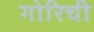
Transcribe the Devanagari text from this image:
गोरिची